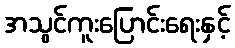
အသွင်ကူးပြောင်းရေးနှင့်